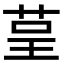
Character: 𮎺